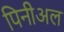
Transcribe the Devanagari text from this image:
पिनीअल